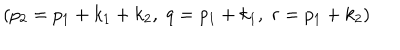
LaTeX: \left( p _ { 2 } = p _ { 1 } + k _ { 1 } + k _ { 2 } , \; q = p _ { 1 } + k _ { 1 } , \; r = p _ { 1 } + k _ { 2 } \right)